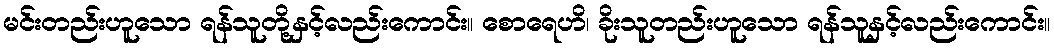
မင်းတည်းဟူသော ရန်သူတို့နှင့်လည်းကောင်း။ စောရေဟိ၊ ခိုးသူတည်းဟူသော ရန်သူနှင့်လည်းကောင်း။